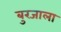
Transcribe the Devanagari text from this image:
बुरजाला